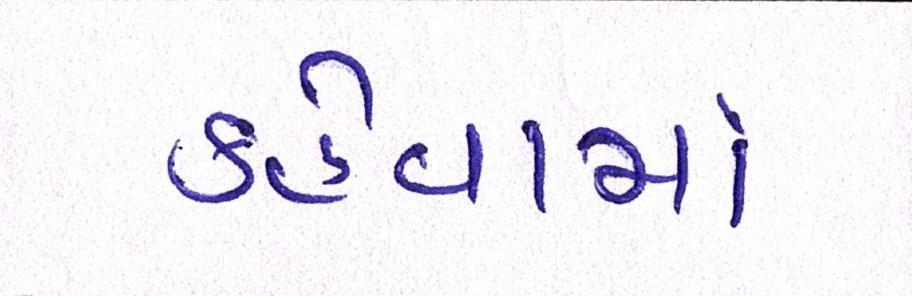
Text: કહેવામાં